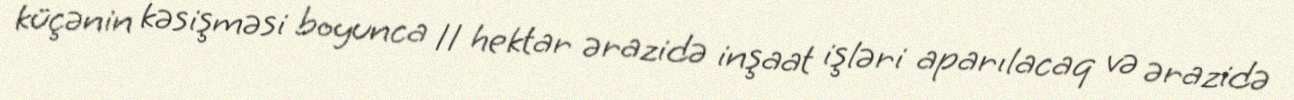
küçənin kəsişməsi boyunca 11 hektar ərazidə inşaat işləri aparılacaq və ərazidə